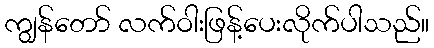
ကျွန်တော် လက်ဝါးဖြန့်ပေးလိုက်ပါသည်။